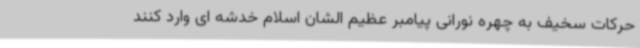
حرکات سخیف به چهره نورانی پیامبر عظیم الشان اسلام خدشه ای وارد کنند